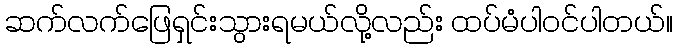
ဆက်လက်ဖြေရှင်းသွားရမယ်လို့လည်း ထပ်မံပါဝင်ပါတယ်။